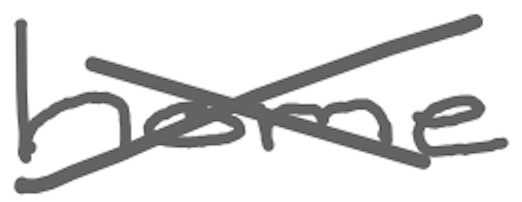
Text: home
Cross-out: cross
Writing tool: digital_gray